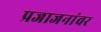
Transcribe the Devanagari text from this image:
प्रजाजनांवर